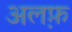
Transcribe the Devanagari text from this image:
अल़फ़